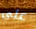
علي